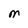
Character: M